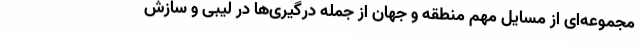
مجموعه‌ای از مسایل مهم منطقه و جهان از جمله درگیری‌ها در لیبی و سازش